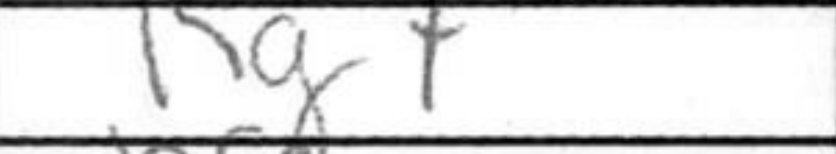
Transcription: Kg7